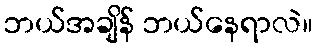
ဘယ်အချိန် ဘယ်နေရာလဲ။